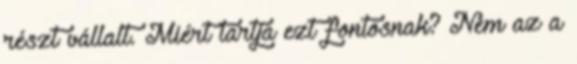
részt vállalt. Miért tartja ezt fontosnak? Nem az a